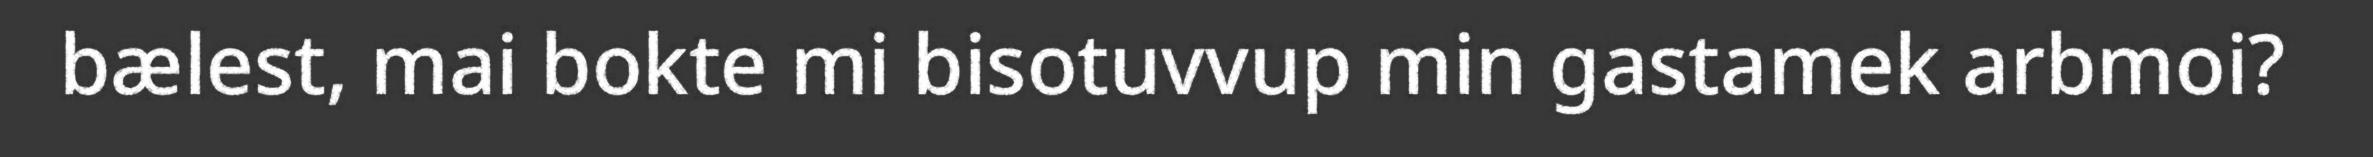
bælest, mai bokte mi bisotuvvup min gastamek arbmoi?